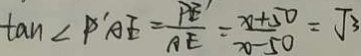
\tan \angle P ^ { \prime } A E = \frac { P E ^ { \prime } } { A E } = \frac { x + 5 0 } { x - 5 0 } = \sqrt { 3 }